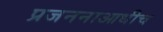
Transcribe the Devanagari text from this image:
प्रजननाआधीच